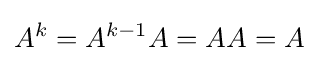
A^{k}=A^{k-1}A=AA=A